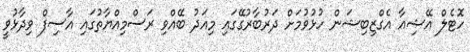
ހޮޓެލް އޭޝިއާ އެގްޒިބިޝަން ހުޅުވުމަށް ދަރުބާރުގޭގައި މިއަދު ބޭއްވި ރަސްމިއްޔާތުގައި އާސިފް ވިދާޅުވީ